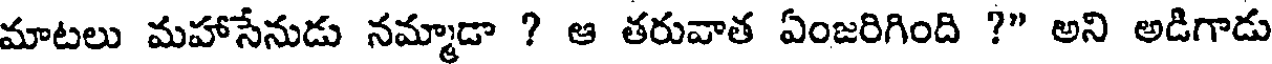
మాటలు మహాసేనుడు నమ్మాడా ? ఆ తరువాత ఏంజరిగింది ?" అని అడిగాడు